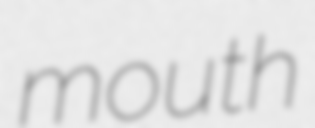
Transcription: mouth